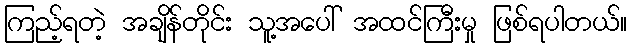
ကြည့်ရတဲ့ အချိန်တိုင်း သူ့အပေါ် အထင်ကြီးမှု ဖြစ်ရပါတယ်။